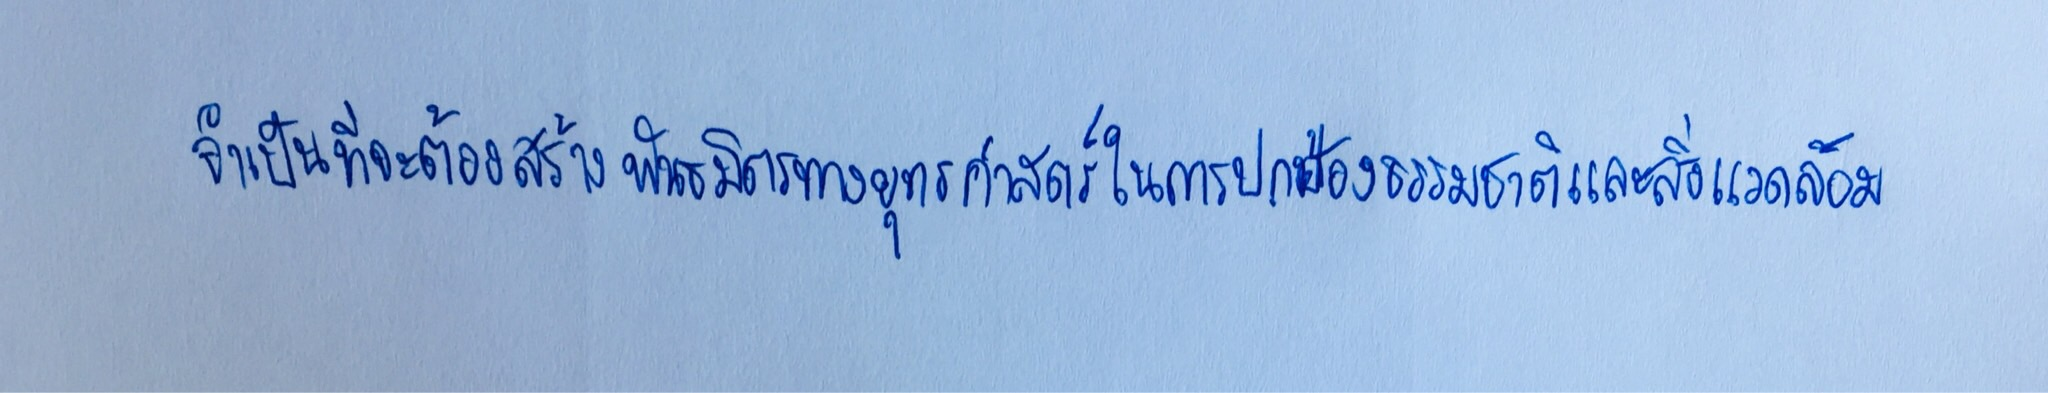
จำเป็นที่จะต้องสร้างพันธมิตรทางยุทธศาสตร์ในการปกป้องธรรมชาติและสิ่งแวดล้อม